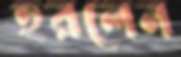
হরলেন